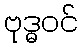
ဗုဒ္ဓဝင်